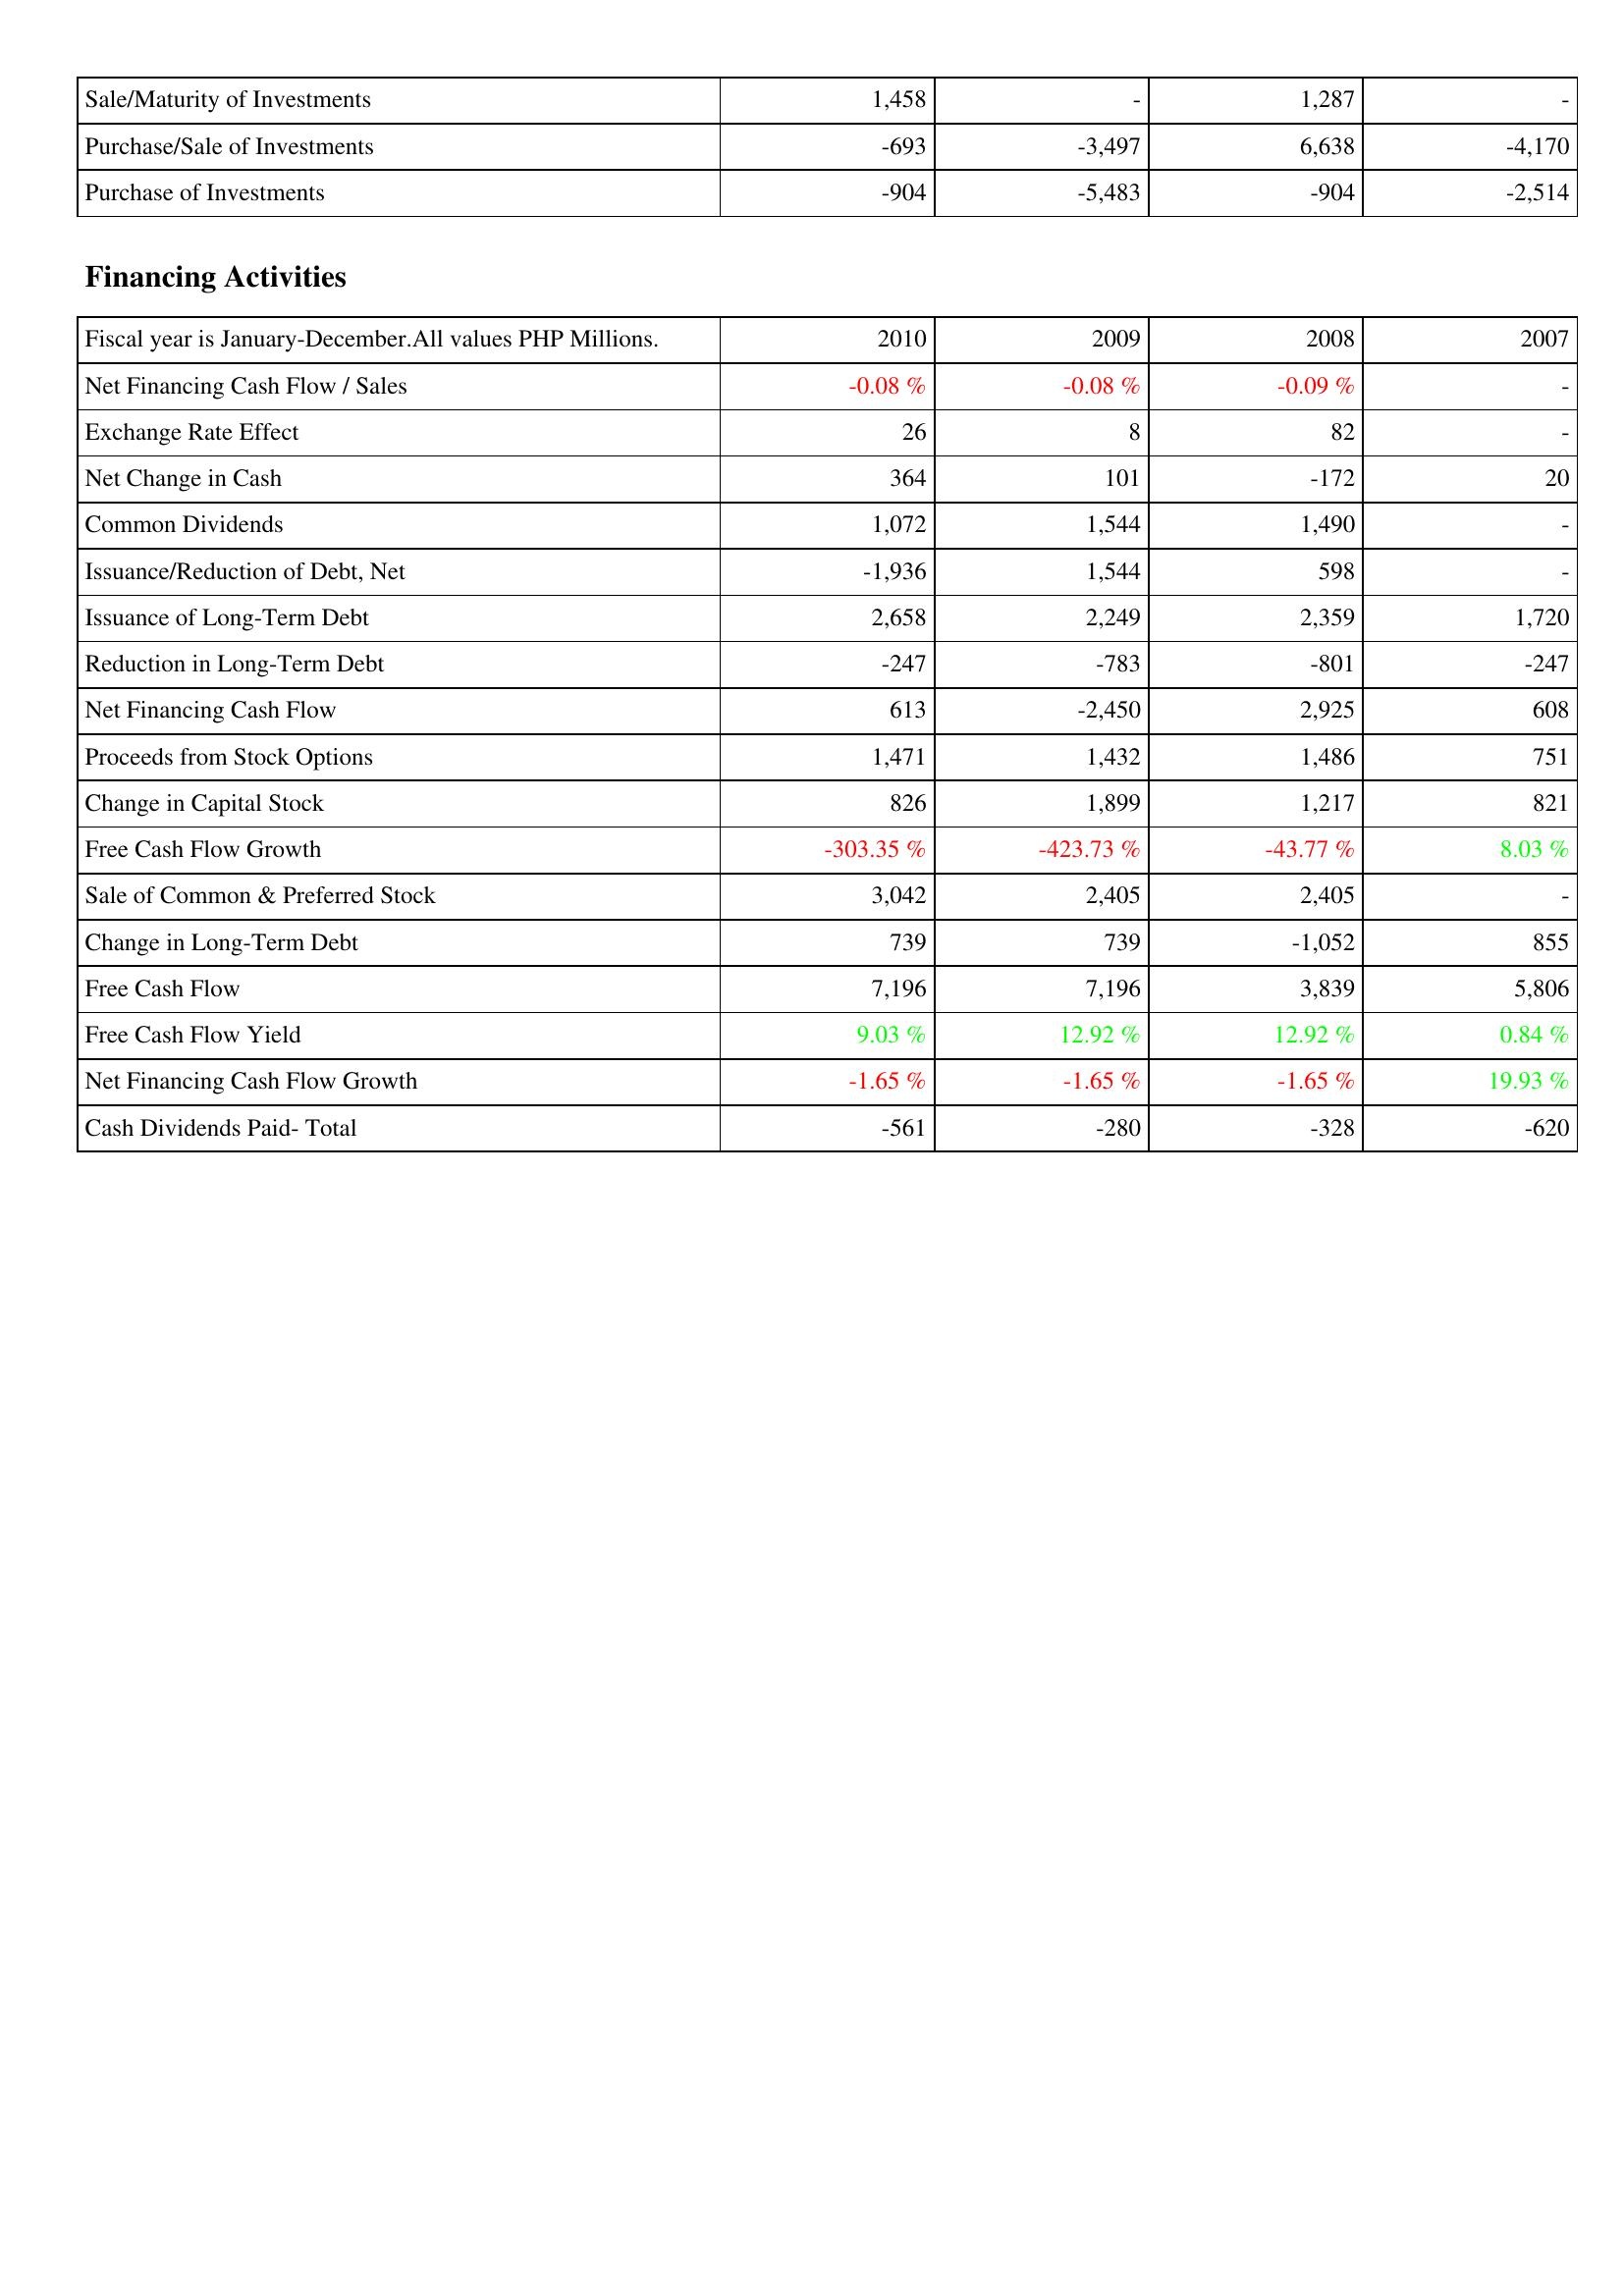
2010: Investing Activities: Sale/Maturity of Investments: 1,458
Purchase/Sale of Investments: -693
Purchase of Investments: -904
Financing Activities: Net Financing Cash Flow / Sales: -0.08 %
Exchange Rate Effect: 26
Net Change in Cash: 364
Common Dividends: 1,072
Issuance/Reduction of Debt, Net: -1,936
Issuance of Long-Term Debt: 2,658
Reduction in Long-Term Debt: -247
Net Financing Cash Flow: 613
Proceeds from Stock Options: 1,471
Change in Capital Stock: 826
Free Cash Flow Growth: -303.35 %
Sale of Common & Preferred Stock: 3,042
Change in Long-Term Debt: 739
Free Cash Flow: 7,196
Free Cash Flow Yield: 9.03 %
Net Financing Cash Flow Growth: -1.65 %
Cash Dividends Paid- Total: -561
2009: Investing Activities: Sale/Maturity of Investments: -
Purchase/Sale of Investments: -3,497
Purchase of Investments: -5,483
Financing Activities: Net Financing Cash Flow / Sales: -0.08 %
Exchange Rate Effect: 8
Net Change in Cash: 101
Common Dividends: 1,544
Issuance/Reduction of Debt, Net: 1,544
Issuance of Long-Term Debt: 2,249
Reduction in Long-Term Debt: -783
Net Financing Cash Flow: -2,450
Proceeds from Stock Options: 1,432
Change in Capital Stock: 1,899
Free Cash Flow Growth: -423.73 %
Sale of Common & Preferred Stock: 2,405
Change in Long-Term Debt: 739
Free Cash Flow: 7,196
Free Cash Flow Yield: 12.92 %
Net Financing Cash Flow Growth: -1.65 %
Cash Dividends Paid- Total: -280
2008: Investing Activities: Sale/Maturity of Investments: 1,287
Purchase/Sale of Investments: 6,638
Purchase of Investments: -904
Financing Activities: Net Financing Cash Flow / Sales: -0.09 %
Exchange Rate Effect: 82
Net Change in Cash: -172
Common Dividends: 1,490
Issuance/Reduction of Debt, Net: 598
Issuance of Long-Term Debt: 2,359
Reduction in Long-Term Debt: -801
Net Financing Cash Flow: 2,925
Proceeds from Stock Options: 1,486
Change in Capital Stock: 1,217
Free Cash Flow Growth: -43.77 %
Sale of Common & Preferred Stock: 2,405
Change in Long-Term Debt: -1,052
Free Cash Flow: 3,839
Free Cash Flow Yield: 12.92 %
Net Financing Cash Flow Growth: -1.65 %
Cash Dividends Paid- Total: -328
2007: Investing Activities: Sale/Maturity of Investments: -
Purchase/Sale of Investments: -4,170
Purchase of Investments: -2,514
Financing Activities: Net Financing Cash Flow / Sales: -
Exchange Rate Effect: -
Net Change in Cash: 20
Common Dividends: -
Issuance/Reduction of Debt, Net: -
Issuance of Long-Term Debt: 1,720
Reduction in Long-Term Debt: -247
Net Financing Cash Flow: 608
Proceeds from Stock Options: 751
Change in Capital Stock: 821
Free Cash Flow Growth: 8.03 %
Sale of Common & Preferred Stock: -
Change in Long-Term Debt: 855
Free Cash Flow: 5,806
Free Cash Flow Yield: 0.84 %
Net Financing Cash Flow Growth: 19.93 %
Cash Dividends Paid- Total: -620